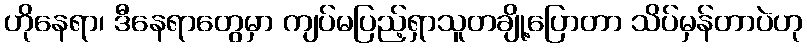
ဟိုနေရာ၊ ဒီနေရာတွေမှာ ကျပ်မပြည့်ရှာသူတချို့ပြောတာ သိပ်မှန်တာပဲဟု